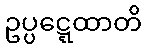
ဥပ္ပဋ္ဋေထာတိ